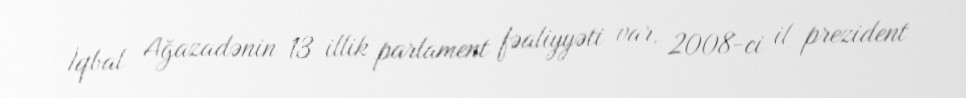
İqbal Ağazadənin 13 illik parlament fəaliyyəti var, 2008-ci il prezident